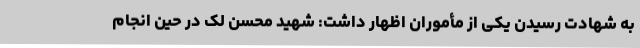
به شهادت رسیدن یکی از مأموران اظهار داشت: شهید محسن لک در حین انجام